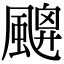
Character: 𩘙